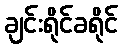
ချင်းရိုင်ခရိုင်